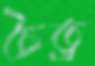
চৈত্র